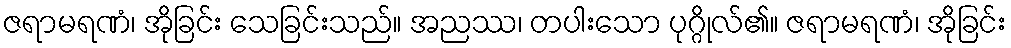
ဇရာမရဏံ၊ အိုခြင်း သေခြင်းသည်။ အညဿ၊ တပါးသော ပုဂ္ဂိုလ်၏။ ဇရာမရဏံ၊ အိုခြင်း